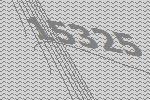
15325